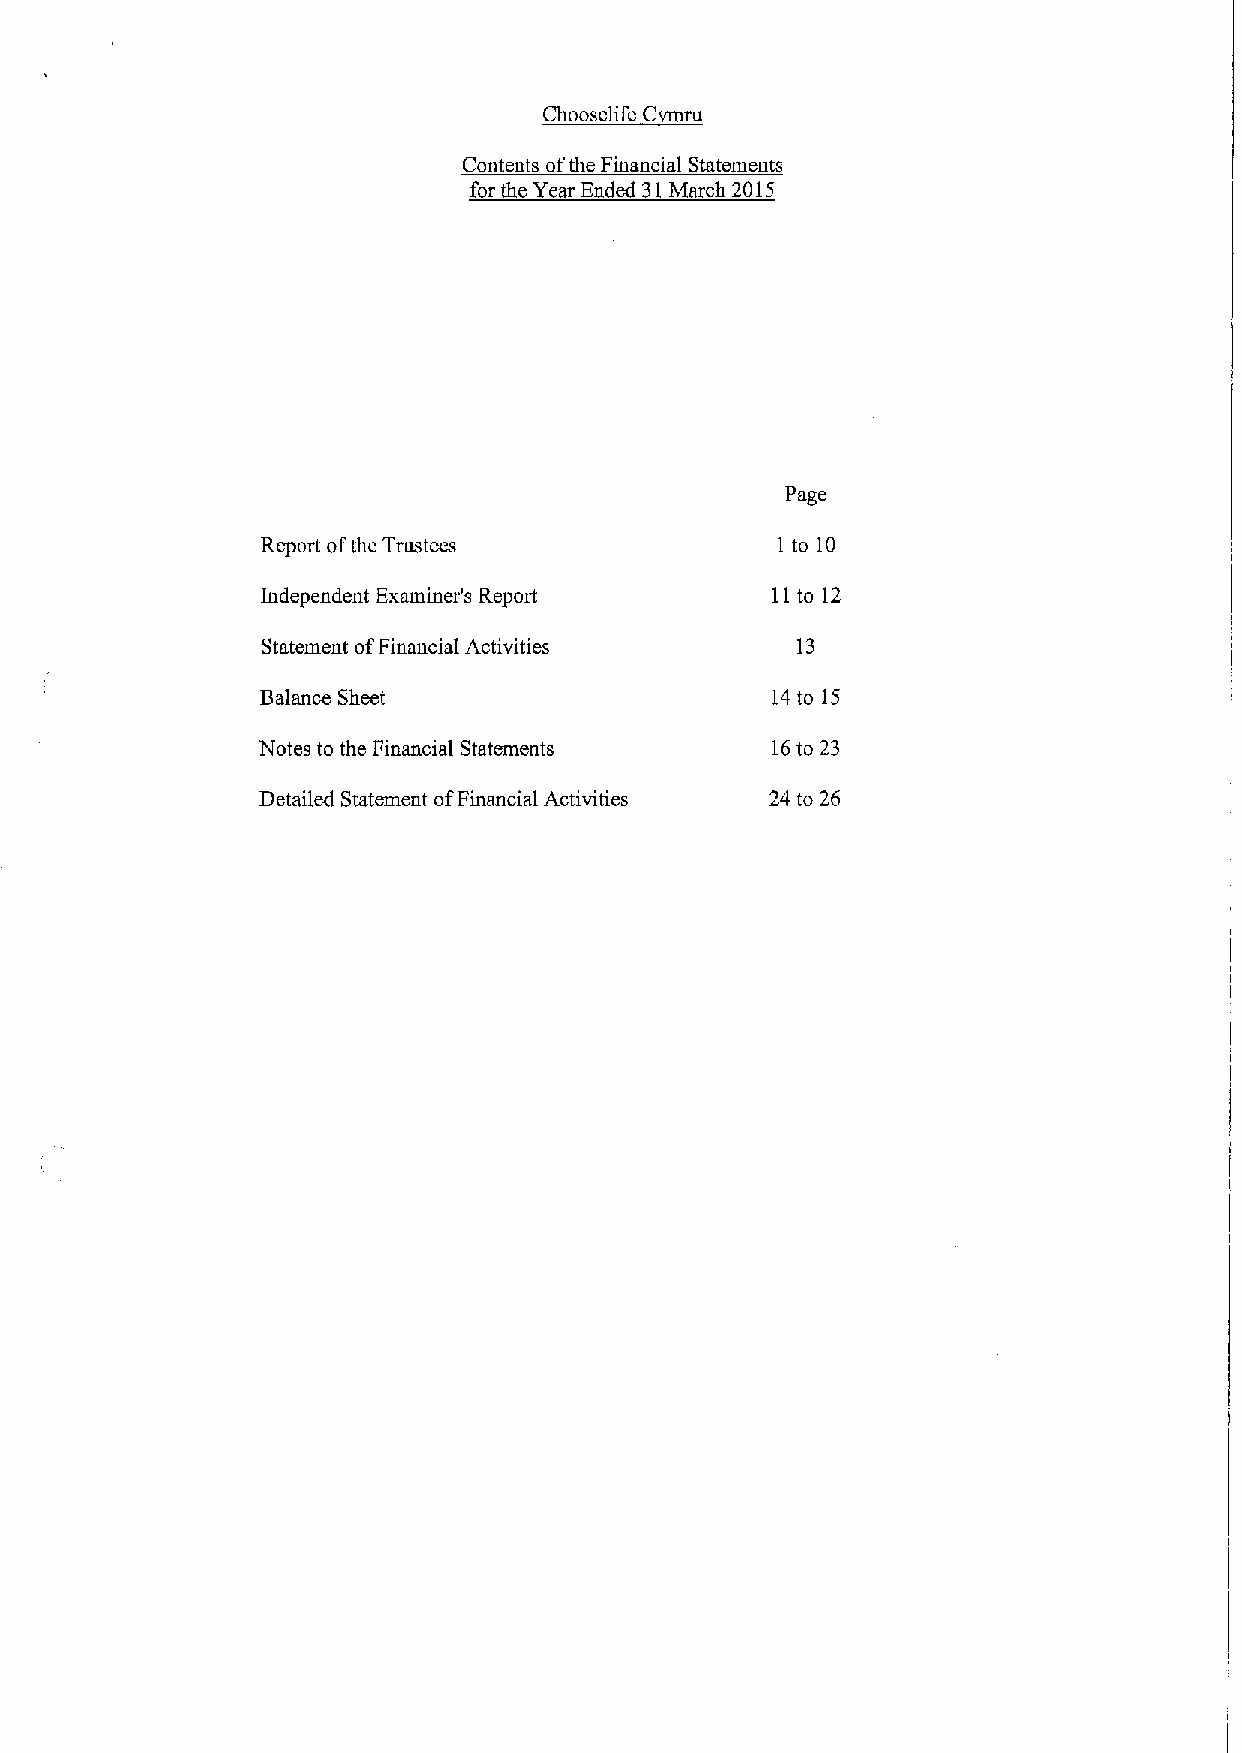
Ill' C
 ~Cl
 Contents ofthe Financial Statements
 for the Year Ended 31March 2015
 Page
 Report ofthe Trustees             1 to 10
 Independent Examiner's Report     11to 12
 Statement ofFinancial Activities    13
 Balance Sheet                     14to 15
 Notes to the Financial Statements 16to 23
 Detailed Statement ofFinancial Activities 24 to 26